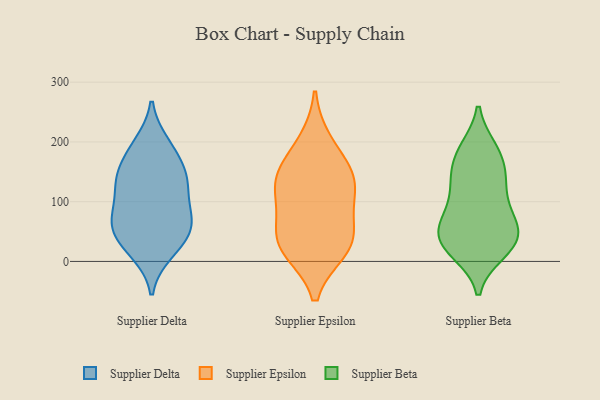
{"axis": {"x": "Temperature (°C)", "y": "Value"}, "legend": ["Supplier Beta", "Supplier Delta", "Supplier Epsilon"], "data": [{"x": "", "y": 19, "type": "Supplier Delta"}, {"x": "", "y": 127, "type": "Supplier Delta"}, {"x": "", "y": 14, "type": "Supplier Delta"}, {"x": "", "y": 198, "type": "Supplier Delta"}, {"x": "", "y": 142, "type": "Supplier Delta"}, {"x": "", "y": 172, "type": "Supplier Delta"}, {"x": "", "y": 54, "type": "Supplier Delta"}, {"x": "", "y": 108, "type": "Supplier Delta"}, {"x": "", "y": 132, "type": "Supplier Delta"}, {"x": "", "y": 195, "type": "Supplier Delta"}, {"x": "", "y": 73, "type": "Supplier Delta"}, {"x": "", "y": 71, "type": "Supplier Delta"}, {"x": "", "y": 133, "type": "Supplier Delta"}, {"x": "", "y": 156, "type": "Supplier Delta"}, {"x": "", "y": 71, "type": "Supplier Delta"}, {"x": "", "y": 33, "type": "Supplier Delta"}, {"x": "", "y": 72, "type": "Supplier Delta"}, {"x": "", "y": 48, "type": "Supplier Delta"}, {"x": "", "y": 114, "type": "Supplier Epsilon"}, {"x": "", "y": 46, "type": "Supplier Epsilon"}, {"x": "", "y": 133, "type": "Supplier Epsilon"}, {"x": "", "y": 148, "type": "Supplier Epsilon"}, {"x": "", "y": 21, "type": "Supplier Epsilon"}, {"x": "", "y": 19, "type": "Supplier Epsilon"}, {"x": "", "y": 87, "type": "Supplier Epsilon"}, {"x": "", "y": 200, "type": "Supplier Epsilon"}, {"x": "", "y": 36, "type": "Supplier Epsilon"}, {"x": "", "y": 149, "type": "Supplier Epsilon"}, {"x": "", "y": 39, "type": "Supplier Beta"}, {"x": "", "y": 41, "type": "Supplier Beta"}, {"x": "", "y": 16, "type": "Supplier Beta"}, {"x": "", "y": 137, "type": "Supplier Beta"}, {"x": "", "y": 31, "type": "Supplier Beta"}, {"x": "", "y": 128, "type": "Supplier Beta"}, {"x": "", "y": 187, "type": "Supplier Beta"}, {"x": "", "y": 97, "type": "Supplier Beta"}, {"x": "", "y": 184, "type": "Supplier Beta"}, {"x": "", "y": 24, "type": "Supplier Beta"}, {"x": "", "y": 71, "type": "Supplier Beta"}, {"x": "", "y": 20, "type": "Supplier Beta"}, {"x": "", "y": 153, "type": "Supplier Beta"}, {"x": "", "y": 74, "type": "Supplier Beta"}, {"x": "", "y": 132, "type": "Supplier Beta"}, {"x": "", "y": 64, "type": "Supplier Beta"}, {"x": "", "y": 183, "type": "Supplier Beta"}, {"x": "", "y": 54, "type": "Supplier Beta"}]}